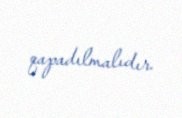
qapadılmalıdır.